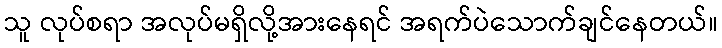
သူ လုပ်စရာ အလုပ်မရှိလို့အားနေရင် အရက်ပဲသောက်ချင်နေတယ်။